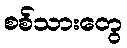
စစ်သားတွေ